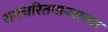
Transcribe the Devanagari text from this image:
रामचरितमानसच्या